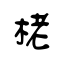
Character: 栳